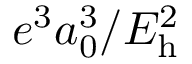
e ^ { 3 } a _ { 0 } ^ { 3 } / E _ { \mathrm { h } } ^ { 2 }